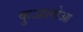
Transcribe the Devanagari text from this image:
कुआलोआ